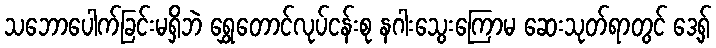
သဘောပေါက်ခြင်းမရှိဘဲ ရွှေတောင်လုပ်ငန်းစု နဂါးသွေးကြောမ ဆေးသုတ်ရာတွင် ဒေ့ရှ်